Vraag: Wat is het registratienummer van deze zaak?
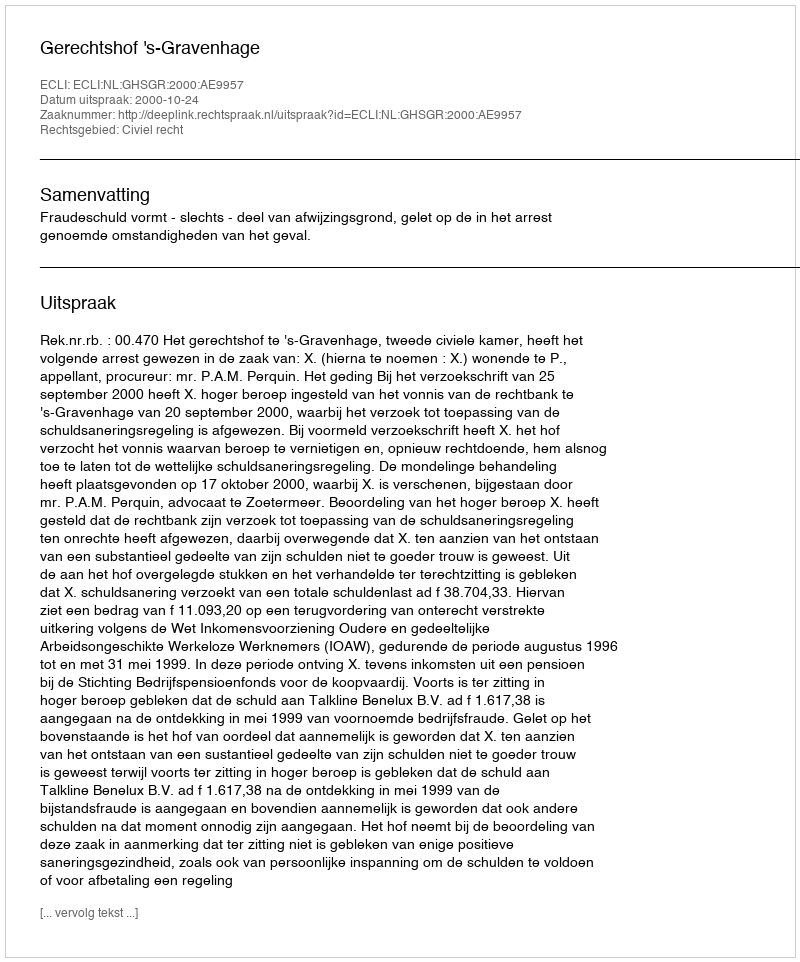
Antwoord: http://deeplink.rechtspraak.nl/uitspraak?id=ECLI:NL:GHSGR:2000:AE9957